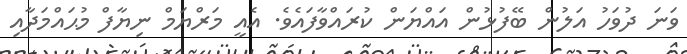
ވަނަ ދުވަހު އަލުން ބޭފުޅުން އައްޔަން ކުރައްވާފައެވެ. އެއީ މަރްޔަމް ނިޔާފް މުޙައްމަދާއި